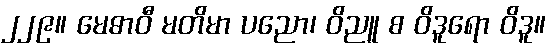
၂၂၉။ မေဓာဝီ မတိမာ ပညော၊ ဝိညူ စ ဝိဒူရော ဝိဒူ။